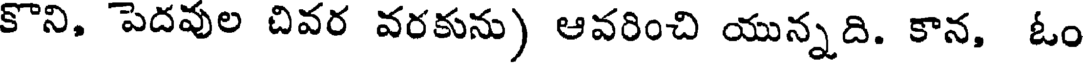
కొని, పెదవుల చివర వరకును) ఆవరించి యున్నది. కాన, ఓం